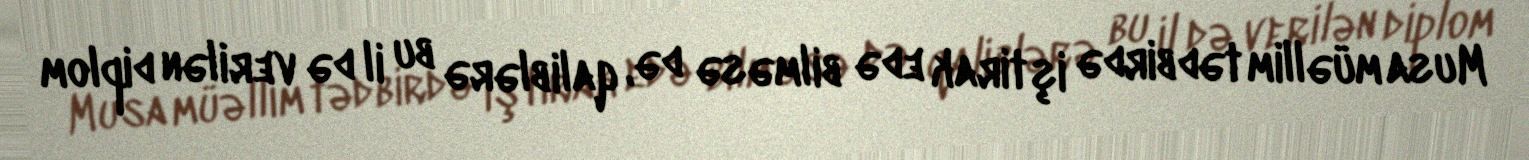
Musa müəllim tədbirdə iştirak edə bilməsə də, qaliblərə bu il də verilən diplom